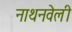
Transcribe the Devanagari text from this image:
नाथनवेली